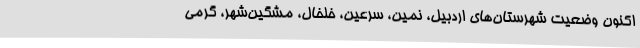
‌اکنون وضعیت شهرستان‌های اردبیل، نمین، سرعین، خلخال، مشگین‌شهر، گرمی